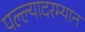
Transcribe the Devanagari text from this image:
पल्ल्यादरम्यान